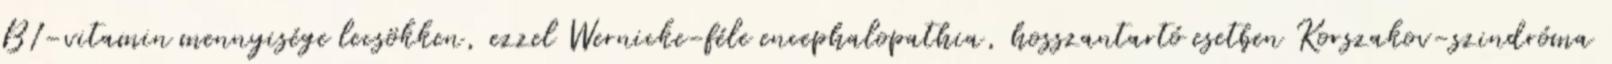
B1-vitamin mennyisége lecsökken, ezzel Wernicke-féle encephalopathia, hosszantartó esetben Korszakov-szindróma